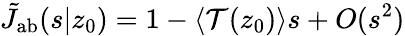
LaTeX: \tilde{J}_{\mathrm{{ab}}}(s|z_{0})=1-\langle\mathcal{T}(z_{0})\rangle s+O(s^{2})